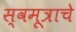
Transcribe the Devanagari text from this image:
स्वमूत्राचे